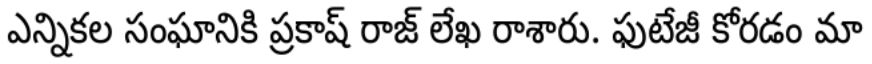
ఎన్నికల సంఘానికి ప్రకాష్ రాజ్ లేఖ రాశారు. ఫుటేజీ కోరడం మా